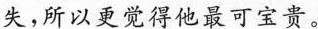
失，所以更觉得他最可宝贵。